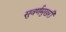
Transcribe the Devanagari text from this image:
सुवर्णमुखरी